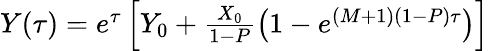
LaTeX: \begin{array}{r}{Y(\tau)=e^{\tau}\left[Y_{0}+\frac{X_{0}}{1-P}\left(1-e^{(M+1)(1-P)\tau}\right)\right]}\end{array}